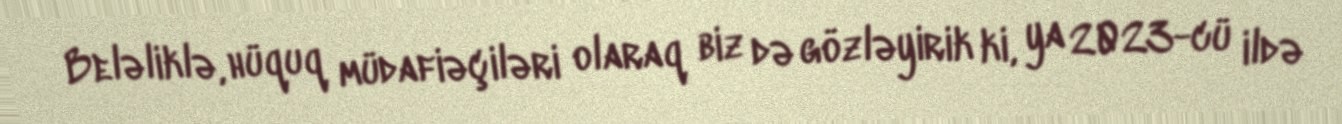
Beləliklə, hüquq müdafiəçiləri olaraq biz də gözləyirik ki, ya 2023-cü ildə